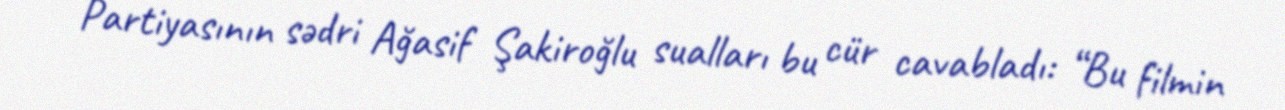
Partiyasının sədri Ağasif Şakiroğlu sualları bu cür cavabladı: “Bu filmin